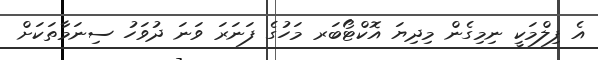
އެ ފިލްމަކީ ނިމިގެން މިދިޔަ އޮކްޓޯބަރ މަހުގެ ފަނަރަ ވަނަ ދުވަހު ސިނަމާތަކަށް